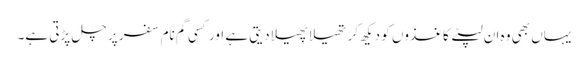
یہاں بھی وہ ان لپٹے کاغذوں کو دیکھ کر تھیلا پھیلا دیتی ہے اور کسی گم نام سفر پر چل پڑتی ہے۔